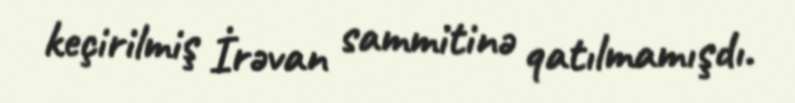
keçirilmiş İrəvan sammitinə qatılmamışdı.